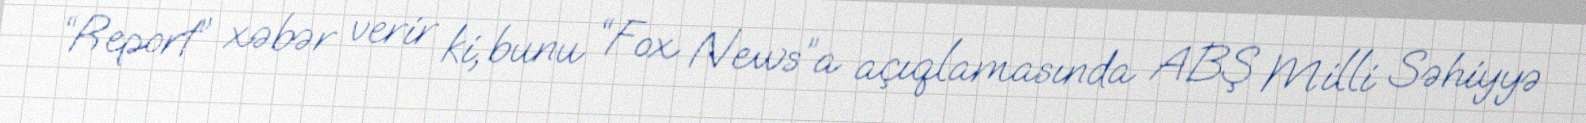
“Report” xəbər verir ki, bunu “Fox News”a açıqlamasında ABŞ Milli Səhiyyə